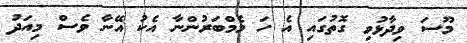
މޫސަ ވިދާޅުވި ގޮތުގައި އެ ހަ މެމްބަރުންނާ އެކު އޭނާ ވެސް މިއަދު